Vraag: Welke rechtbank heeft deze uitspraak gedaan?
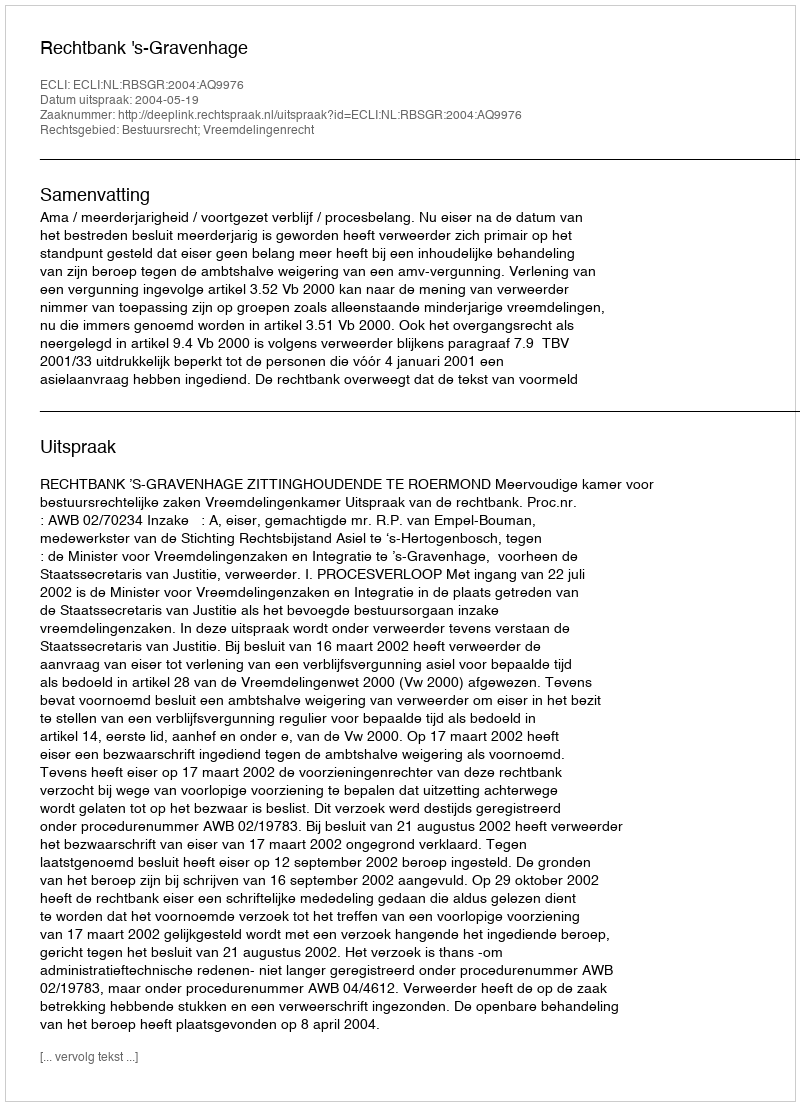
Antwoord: Rechtbank 's-Gravenhage